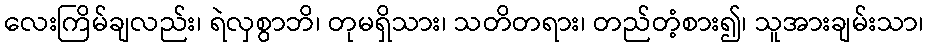
လေးကြိမ်ချလည်း၊ ရဲလှစွာဘိ၊ တုမရှိသား၊ သတိတရား၊ တည်တံ့စား၍၊ သူအားချမ်းသာ၊